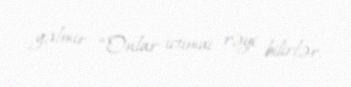
gəlmir: “Onlar ictimai rəyi bilirlər.